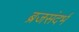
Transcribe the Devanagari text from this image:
ब्रजसंदर्भ